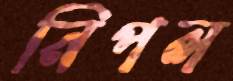
নিপল